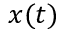
x ( t )